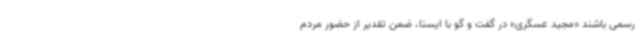
رسمی باشند «مجید عسگری» در گفت و گو با ایسنا، ضمن تقدیر از حضور مردم